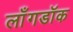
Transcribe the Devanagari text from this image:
लाँगडॉक